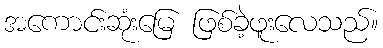
အကောင်းဆုံးမြေ ဖြစ်ခဲ့ဖူးလေသည်။